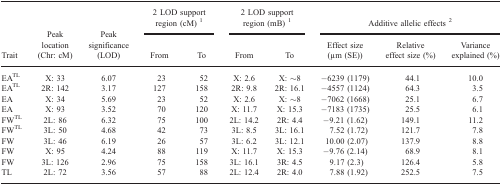
<table><thead><tr><td></td><td></td><td></td><td colspan="2"><b>2 LOD support region (cM) 1</b></td><td colspan="2"><b>2 LOD support region (mB) 1</b></td><td colspan="3"><b>Additive allelic effects 2</b></td></tr><tr><td><b>Trait</b></td><td><b>Peak location (Chr: cM)</b></td><td><b>Peak significance (LOD)</b></td><td><b>From</b></td><td><b>To</b></td><td><b>From</b></td><td><b>To</b></td><td><b>Effect size (μm (SE))</b></td><td><b>Relative effect size (%)</b></td><td><b>Variance explained (%)</b></td></tr></thead><tbody><tr><td>EA<sup>TL</sup></td><td>X: 33</td><td>6.07</td><td>23</td><td>52</td><td>X: 2.6</td><td>X: ∼8</td><td>−6239 (1179)</td><td>44.1</td><td>10.0</td></tr><tr><td>EA<sup>TL</sup></td><td>2R: 142</td><td>3.17</td><td>127</td><td>158</td><td>2R: 9.8</td><td>2R: 16.1</td><td>−4557 (1124)</td><td>64.3</td><td>3.5</td></tr><tr><td>EA</td><td>X: 34</td><td>5.69</td><td>23</td><td>52</td><td>X: 2.6</td><td>X: ∼8</td><td>−7062 (1668)</td><td>25.1</td><td>6.7</td></tr><tr><td>EA</td><td>X: 93</td><td>3.52</td><td>70</td><td>120</td><td>X: 11.7</td><td>X: 15.3</td><td>−7183 (1735)</td><td>25.5</td><td>6.1</td></tr><tr><td>FW<sup>TL</sup></td><td>2L: 86</td><td>6.32</td><td>75</td><td>100</td><td>2L: 14.2</td><td>2R: 4.4</td><td>−9.21(1.62)</td><td>149.1</td><td>11.2</td></tr><tr><td>FW<sup>TL</sup></td><td>3L: 50</td><td>4.68</td><td>42</td><td>73</td><td>3L: 8.5</td><td>3L: 16.1</td><td>7.52 (1.72)</td><td>121.7</td><td>7.8</td></tr><tr><td>FW</td><td>3L: 46</td><td>6.19</td><td>26</td><td>57</td><td>3L: 6.2</td><td>3L: 12.1</td><td>10.00 (2.07)</td><td>137.9</td><td>8.8</td></tr><tr><td>FW</td><td>X: 95</td><td>4.24</td><td>88</td><td>119</td><td>X: 11.7</td><td>X: 15.3</td><td>−9.76 (2.14)</td><td>68.9</td><td>8.1</td></tr><tr><td>FW</td><td>3L: 126</td><td>2.96</td><td>75</td><td>158</td><td>3L: 16.1</td><td>3R: 4.5</td><td>9.17 (2.3)</td><td>126.4</td><td>5.8</td></tr><tr><td>TL</td><td>2L: 72</td><td>3.56</td><td>57</td><td>88</td><td>2L: 12.4</td><td>2R: 4.0</td><td>7.88 (1.92)</td><td>252.5</td><td>7.5</td></tr></tbody></table>